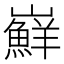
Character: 𭗴